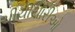
ચીચીયારીઓ